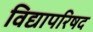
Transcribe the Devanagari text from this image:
विद्यापरिषद